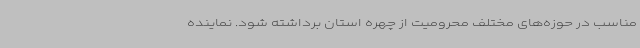
مناسب در حوزه‌های مختلف محرومیت از چهره استان برداشته شود. نماینده